Annual report of the Punjab Veterinary College and of the Civil Veterinary Department, Punjab - 1926-1932
Year: 1926
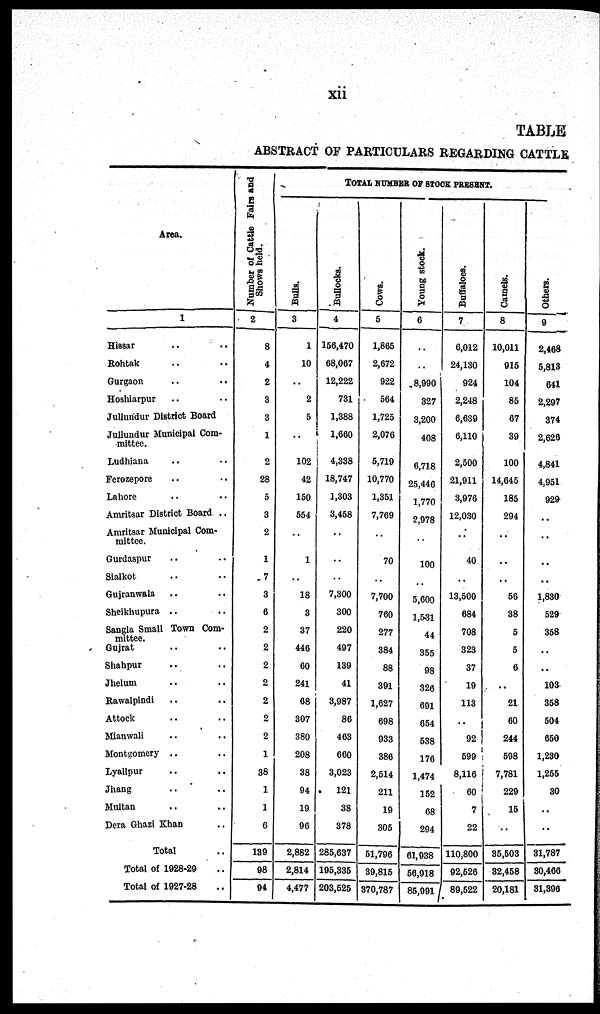
xii
TABLE
ABSTRACT OF PARTICULARS REGARDING CATTLE
Area.
1
Hissar .. ..
Rohtak .. ..
Gurgaon .. ..
Hoshiarpur .. ..
Jullundur District Board
Jullundur Municipal Com-
mittee.
Ludhiana .. ..
Ferozepore .. ..
Lahore .. ..
Amritsar District Board ..
Amritsar Municipal Com-
mittee.
Gurdaspur .. ..
Sialkot .. ..
Gujranwala .. ..
Sheikhupura .. ..
Sangla Small Town Com-
mittee.
Gujrat .. ..
Shahpur .. ..
Jhelum .. ..
Rawalpindi .. ..
Attock .. ..
Mianwali .. ..
Montgomery .. ..
Lyallpur .. ..
Jhang .. ..
Multan .. ..
Dera Ghazi Khan ..
Total ..
Total of 1928-29 ..
Total of 1927-28 ..
Number of Cattle Fairs and
Shows held.
2
8
4
2
3
3
1
2
28
5
3
2
1
7
3
6
2
2
2
2
2
2
2
1
38
1
1
6
139
98
94
TOTAL NUMBER OF STOCK PRESENT.
Bulls.
3
1
10
..
2
5
..
102
42
150
554
..
1
..
18
3
37
446
60
241
68
307
380
208
38
94
19
96
2,882
2,814
4,477
Bullocks.
4
156,470
68,067
12,222
731
1,388
1,660
4,338
18,747
1,303
3,458
..
..
..
7,300
300
220
497
139
41
3,987
86
463
660
3,023
121
38
378
285,637
195,335
203,525
Cows.
5
1,865
2,672
922
564
1,725
2,076
5,719
10,770
1,351
7,769
..
70
..
7,700
760
277
384
88
391
1,627
698
933
386
2,514
211
19
305
51,796
39,816
370,787
Young stock.
6
..
..
8,990
327
3,200
408
6,718
25,446
1,770
2,978
..
100
..
5,600
1,531
44
355
98
326
691
654
538
176
1,474
152
68
294
61,938
56,918
85,991
Buffaloes.
7
6,012
24,130
924
2,248
6,639
6,110
2,500
21,911
3,970
12,030
..
40
..
13,500
684
708
323
37
19
113
..
92
599
8,116
60
7
22
110,800
92,526
89,522
Camels.
8
10,011
915
104
85
67
39
100
14,645
185
294
..
..
..
56
38
5
5
6
..
21
60
244
598
7,781
229
15
..
35,503
82,458
20,181
Others.
9
2,468
5,813
641
2,297
374
2,626
4,841
4,951
929
..
..
..
..
1,880
529
358
..
..
103
358
504
650
1,230
1,255
30
..
..
31,787
30,466
31,396